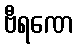
ဗီရဏေ